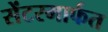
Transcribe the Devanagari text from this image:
सेंटरमार्फत